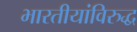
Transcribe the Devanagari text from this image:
भारतीयांविरुद्ध